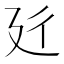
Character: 𱝑